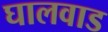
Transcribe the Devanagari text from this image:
घालवाड